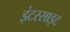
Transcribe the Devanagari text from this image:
इंटरसाइट